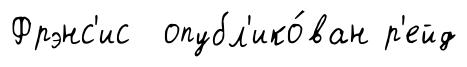
Фрэнс'ис опубл'ико́ван р'ейд